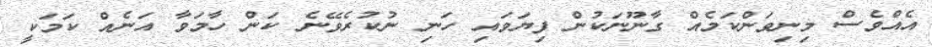
އެއްވެސް މިނިވަންކަމެއް ގާނޫނަކުން ފިޔަވައި ހަނި ނުކުރެވޭނެ ކަން ހާމަވާ އަނެއް ކަމަކީ